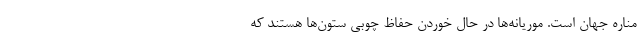
مناره جهان است. موریانه‌ها در حال خوردن حفاظ چوبی ستون‌ها هستند که